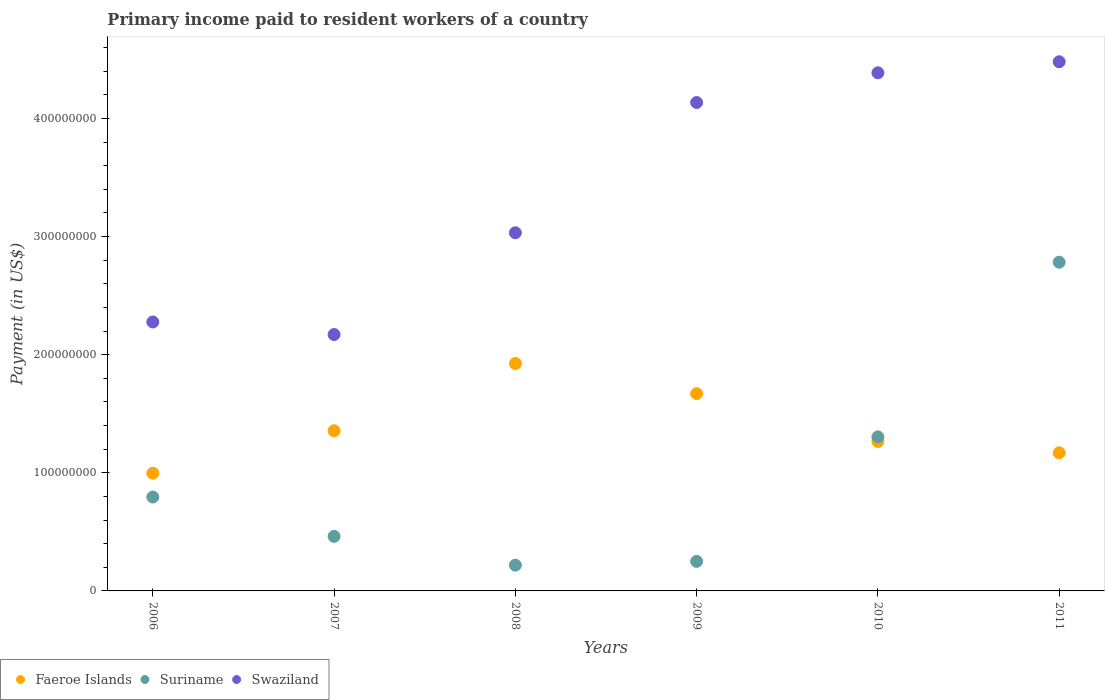
| Years | Faeroe Islands | Suriname | Swaziland |
 | --- | --- | --- | --- |
 | 2006 | 9.96e+07 | 7.95e+07 | 2.28e+08 |
 | 2007 | 1.36e+08 | 4.62e+07 | 2.17e+08 |
 | 2008 | 1.92e+08 | 2.18e+07 | 3.03e+08 |
 | 2009 | 1.67e+08 | 2.5e+07 | 4.13e+08 |
 | 2010 | 1.27e+08 | 1.3e+08 | 4.39e+08 |
 | 2011 | 1.17e+08 | 2.78e+08 | 4.48e+08 |